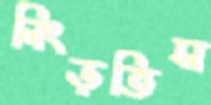
নিংড়তিস